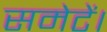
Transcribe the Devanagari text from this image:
समेटें।